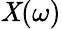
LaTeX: \mathit{X}(\omega)